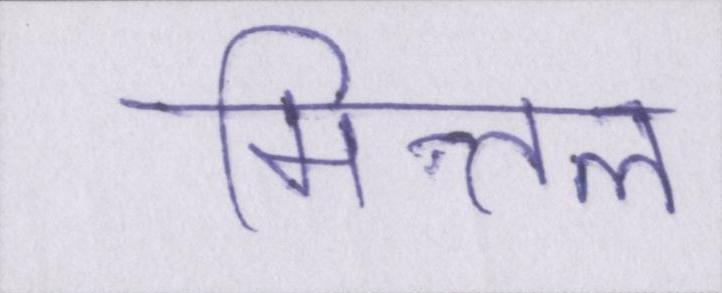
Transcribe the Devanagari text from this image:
मित्तल